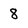
Character: 8